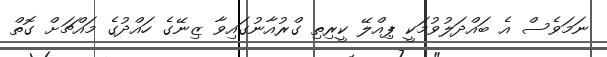
ނަމަވެސް އެ ބައްދަލުވުމަކީ ޕިއްލޭ ކީރިތި ގްރުއާނުގައިވާ ޒިނޭގެ ހައްދުގެ މައްޗަށް ގޮތް